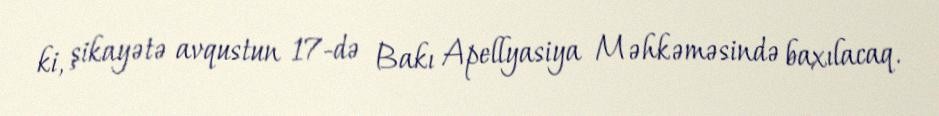
ki, şikayətə avqustun 17-də Bakı Apellyasiya Məhkəməsində baxılacaq.